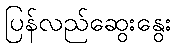
ပြန်လည်ဆွေးနွေး